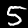
Label: 5